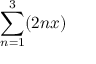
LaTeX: \sum _ { n = 1 } ^ { 3 } ( 2 n x )